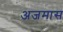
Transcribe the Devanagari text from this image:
अजमास